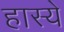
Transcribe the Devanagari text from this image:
हास्ये